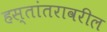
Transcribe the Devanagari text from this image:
हस्तांतरावरील